Treatise on elephants
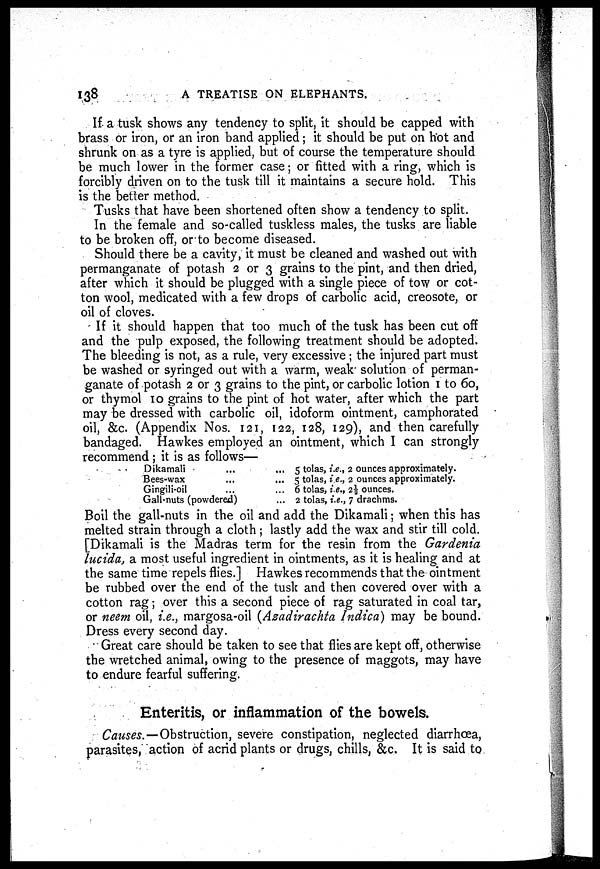
138
A TREATISE ON ELEPHANTS.
If a tusk shows any tendency to split, it should be capped with
brass or iron, or an iron band applied; it should be put on hot and
shrunk on as a tyre is applied, but of course the temperature should
be much lower in the former case; or fitted with a ring, which is
forcibly driven on to the tusk till it maintains a secure hold. This
is the better method.
Tusks that have been shortened often show a tendency to split.
In the female and so-called tuskless males, the tusks are liable
to be broken off, or to become diseased.
Should there be a cavity, it must be cleaned and washed out with
permanganate of potash 2 or 3 grains to the pint, and then dried,
after which it should be plugged with a single piece of tow or cot-
ton wool, medicated with a few drops of carbolic acid, creosote, or
oil of cloves.
If it should happen that too much of the tusk has been cut off
and the pulp exposed, the following treatment should be adopted.
The bleeding is not, as a rule, very excessive ; the injured part must
be washed or syringed out with a warm, weak solution of perman-
ganate of potash 2 or 3 grains to the pint, or carbolic lotion 1 to 60,
or thymol 10 grains to the pint of hot water, after which the part
may be dressed with carbolic oil, idoform ointment, camphorated
oil, &c. (Appendix Nos. 121, 122, 128, 129), and then carefully
bandaged. Hawkes employed an ointment, which I can strongly
recommend ; it is as follows—
Dikamali ... ...
Bees-wax ... ...
Gingili-oil ... ...
Gall-nuts (powdered) ...
5 tolas, i.e., 2 ounces approximately.
5 tolas, i e., 2 ounces approximately.
6 tolas, i.e., 2½ ounces.
2 tolas, i.e., 7 drachms.
Boil the gall-nuts in the oil and add the Dikamali; when this has
melted strain through a cloth ; lastly add the wax and stir till cold.
[Dikamali is the Madras term for the resin from the Gardenia
lucida, a most useful ingredient in ointments, as it is healing and at
the same time repels flies.] Hawkes recommends that the ointment
be rubbed over the end of the tusk and then covered over with a
cotton rag; over this a second piece of rag saturated in coal tar,
or neem oil, i.e., margosa-oil (Azadirachta Indica) may be bound.
Dress every second day.
Great care should be taken to see that flies are kept off, otherwise
the wretched animal, owing to the presence of maggots, may have
to endure fearful suffering.
Enteritis, or inflammation of the bowels.
Causes. — Obstruction, severe constipation, neglected diarrhœa,
parasites, action of acrid plants or drugs, chills, &c. It is said to